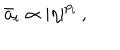
\bar { a } _ { i } \propto | \eta | ^ { p _ { i } } \, ,